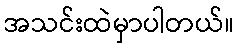
အသင်းထဲမှာပါတယ်။